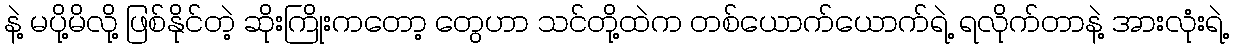
နဲ့ မပို့မိလို့ ဖြစ်နိုင်တဲ့ ဆိုးကြိုးကတော့ တွေဟာ သင်တို့ထဲက တစ်ယောက်ယောက်ရဲ့ ရလိုက်တာနဲ့ အားလုံးရဲ့